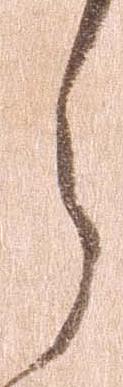
ら